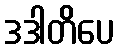
ဒဒါတိပေ